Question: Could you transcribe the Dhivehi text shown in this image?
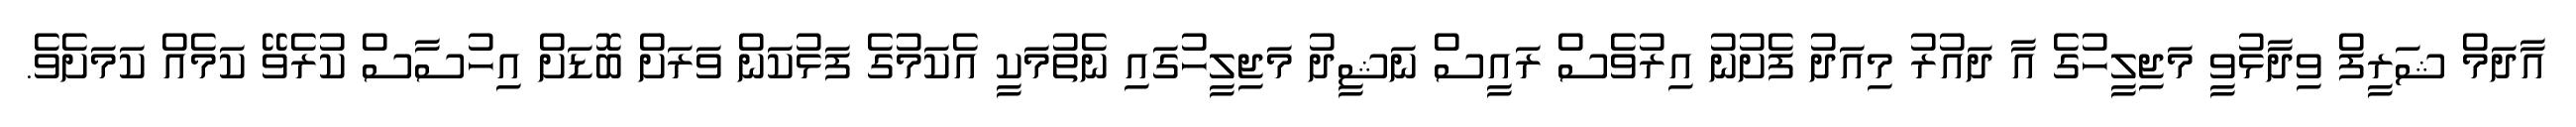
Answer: އާދަމް ޝަރީފް ވިދާޅުވީ މަޖިލީހުގެ އާ ދައުރު މިއަދު ފެށުނު އިރުވެސް ރައީސް ނަޝީދު މަޖިލީހުގައި ނެތުމަކީ އެކަމުގެ ފަޅުކަން ވަރަށް ބޮޑަށް އިހުސާސް ކުރެވޭ ކަމެއް ކަމަށެވެ.